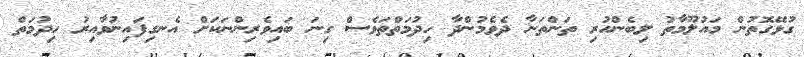
ގުޅޭގޮތުން މައުލޫމާތު ލިބެންހުރި ތަންތަނާ ދެވެމުންދާ ހިދުމަތްތަވެސް ގިނަ ބައިވެރިންނަކަށް އެނގިފައިނުވާއިރު ހިދުމަތް